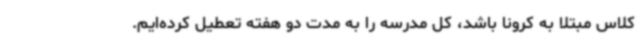
کلاس مبتلا به کرونا باشد، کل مدرسه را به مدت دو هفته تعطیل کرده‌ایم.